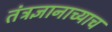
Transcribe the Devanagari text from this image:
तंत्रज्ञानाच्याच